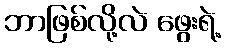
ဘာဖြစ်လို့လဲ ဖွေးရဲ့